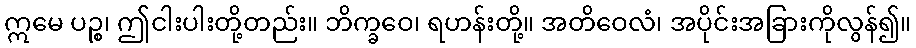
ဣမေ ပဉ္စ၊ ဤငါးပါးတို့တည်း။ ဘိက္ခဝေ၊ ရဟန်းတို့။ အတိဝေလံ၊ အပိုင်းအခြားကိုလွန်၍။